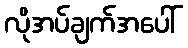
လိုအပ်ချက်အပေါ်